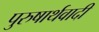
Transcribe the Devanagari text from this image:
पुरुषार्थवादी